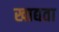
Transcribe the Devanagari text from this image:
खाद्यता